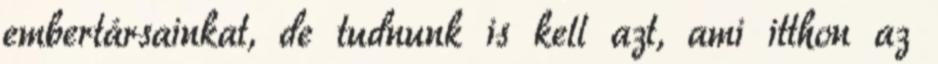
embertársainkat, de tudnunk is kell azt, ami itthon az